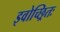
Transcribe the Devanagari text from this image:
इवोच्छ्रितः